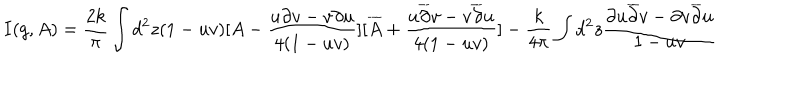
I ( g , A ) = \frac { 2 k } { \pi } \int d ^ { 2 } z ( 1 - u v ) [ A - \frac { u \partial v - v \partial u } { 4 ( 1 - u v ) } ] [ \overline { { { A } } } + \frac { u \overline { { { \partial } } } v - v \overline { { { \partial } } } u } { 4 ( 1 - u v ) } ] - \frac { k } { 4 \pi } \int d ^ { 2 } z \frac { \partial u \overline { { { \partial } } } v - \partial v \overline { { { \partial } } } u } { 1 - u v }